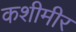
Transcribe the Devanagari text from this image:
कशीमीर